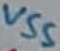
Text: VSS